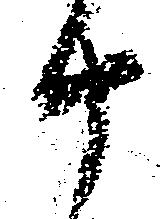
十